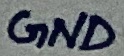
Text: GND